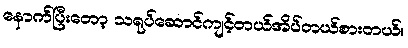
နောက်ပြီးတော့ သရုပ်ဆောင်ကျင့်တယ်အိပ်တယ်စားတယ်။